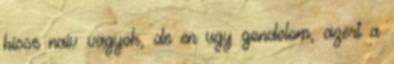
kisse naiv vagyok, de en ugy gondolom, azert a